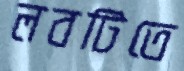
লবটিতে